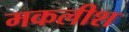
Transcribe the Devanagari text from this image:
मकलीश